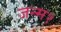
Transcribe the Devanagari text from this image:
जन्म१